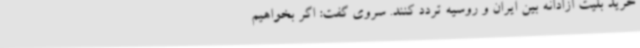
خرید بلیت آزادانه بین ایران و روسیه تردد کنند. سروی گفت: اگر بخواهیم